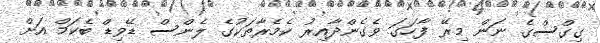
ގިގްސްގެ ނަން މިރޭ ފާހަގަ ވެގެންދާއިރު ކެމެރާތަކުގެ ލެންސް ޑޭވިޑް ބެކަމް އަށް